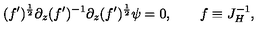
( f ^ { \prime } ) ^ { \frac { 1 } { 2 } } \partial _ { z } ( f ^ { \prime } ) ^ { - 1 } \partial _ { z } ( f ^ { \prime } ) ^ { \frac { 1 } { 2 } } \psi = 0 , \qquad f \equiv J _ { H } ^ { - 1 } ,